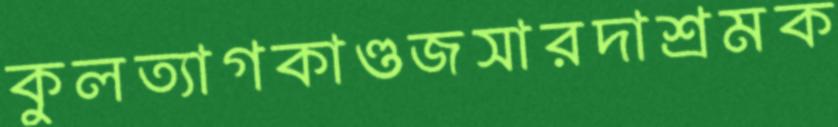
কুলত্যাগকাণ্ডজসারদাশ্রমক